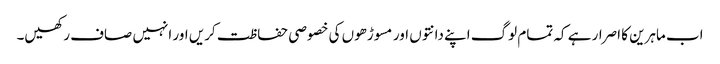
اب ماہرین کا اصرار ہے کہ تمام لوگ اپنے دانتوں اور مسوڑھوں کی خصوصی حفاظت کریں اور انہیں صاف رکھیں۔